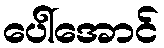
ပေါ်အောင်